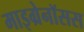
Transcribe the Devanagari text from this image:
माइग्रेनॉसस